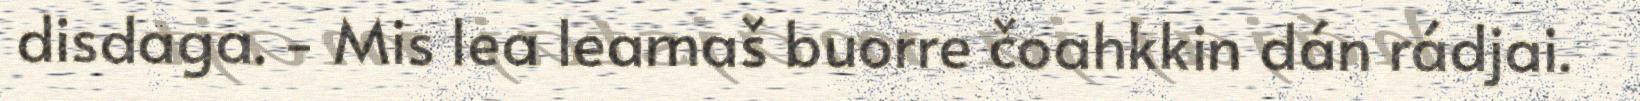
disdaga. - Mis lea leamaš buorre čoahkkin dán rádjai.